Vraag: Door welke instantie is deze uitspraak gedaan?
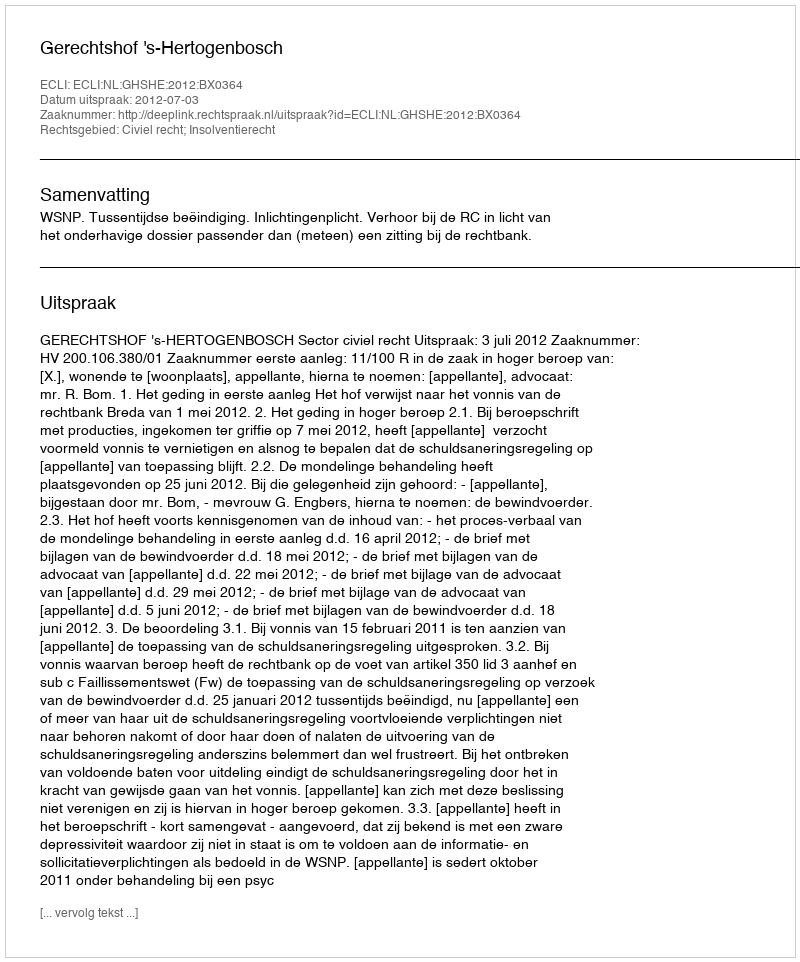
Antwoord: Gerechtshof 's-Hertogenbosch